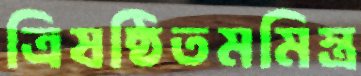
ত্রিষষ্ঠিতমমিস্ত্র